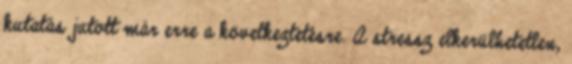
kutatás jutott már erre a következtetésre. A stressz elkerülhetetlen,